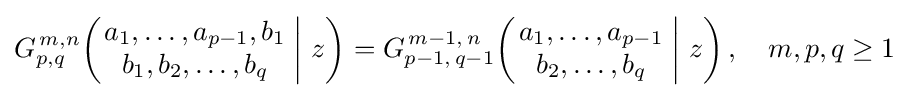
G_{p,q}^{\,m,n}\!\left(\left.{\begin{matrix}a_{1},\dots ,a_{p-1},b_{1}\\b_{1},b_{2},\dots ,b_{q}\end{matrix}}\;\right|\,z\right)=G_{p-1,\,q-1}^{\,m-1,\,n}\!\left(\left.{\begin{matrix}a_{1},\dots ,a_{p-1}\\b_{2},\dots ,b_{q}\end{matrix}}\;\right|\,z\right),\quad m,p,q\geq 1